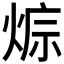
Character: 𤊭